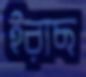
ইরাছ